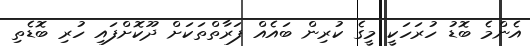
އެންމެ ބޮޑު ހުރަހަކީ މީގެ ކުރިން ބައެއް ފަރާތްތަކަށް ދޫކޮށްފައި ހުރި ބޮޑެތި